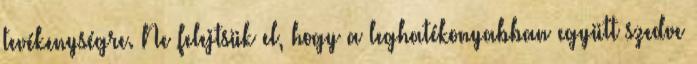
tevékenységre. Ne felejtsük el, hogy a leghatékonyabban együtt szedve